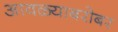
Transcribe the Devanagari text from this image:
आवळ्याबरोबर